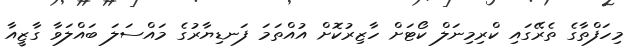
މިހަފްތާގެ ތެރޭގައި ކްރިމިނަލް ކޯޓަށް ހާޒިރުކޮށް އުއްތަމަ ފަނޑިޔާރުގެ މައްސަލަ ބައްލަވާ ގާޒީއާ